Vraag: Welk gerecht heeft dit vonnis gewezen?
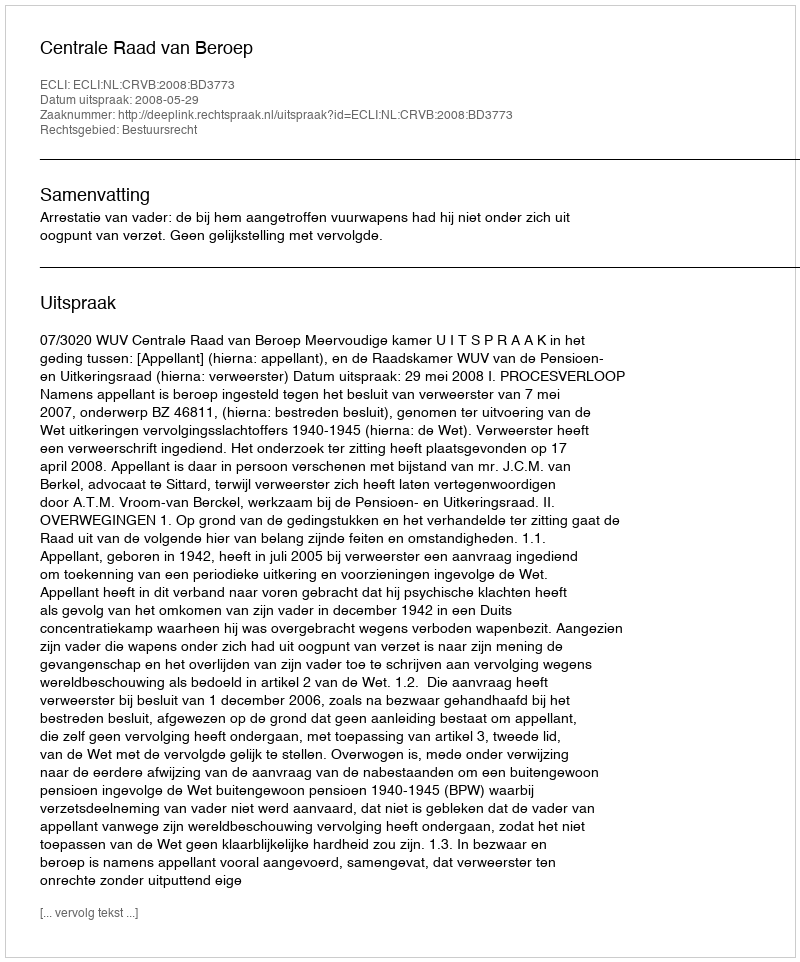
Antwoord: Centrale Raad van Beroep